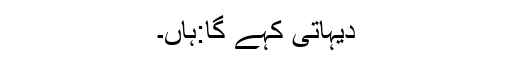
دیہاتی کہے گا:ہاں۔